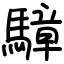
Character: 騿